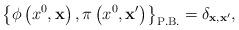
LaTeX: \begin{align*}\left\{\phi\left(x^0,{\bf x}\right),\pi\left(x^0,{\bf x'}\right)\right\}_{\rm P.B.}=\delta_{{\bf x},{\bf x'}},\end{align*}